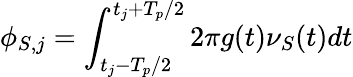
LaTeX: \phi_{S,j}=\int_{t_{j}-T_{p}/2}^{t_{j}+T_{p}/2}2\pi g(t)\nu_{S}(t)dt